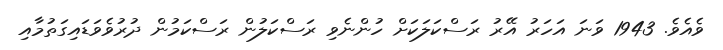
ވެއެވެ. 1943 ވަނަ އަހަރު އޭރު ރަސްކަލަކަށް ހުންނެވި ރަސްކަލުން ރަސްކަމުން ދުރުވެވަޑައިގަތުމާއި